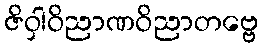
ဇိဝှါဝိညာဏဝိညာတဗ္ဗေ